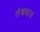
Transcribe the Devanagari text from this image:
लेखकांचं